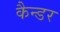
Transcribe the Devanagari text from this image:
कैन्डर